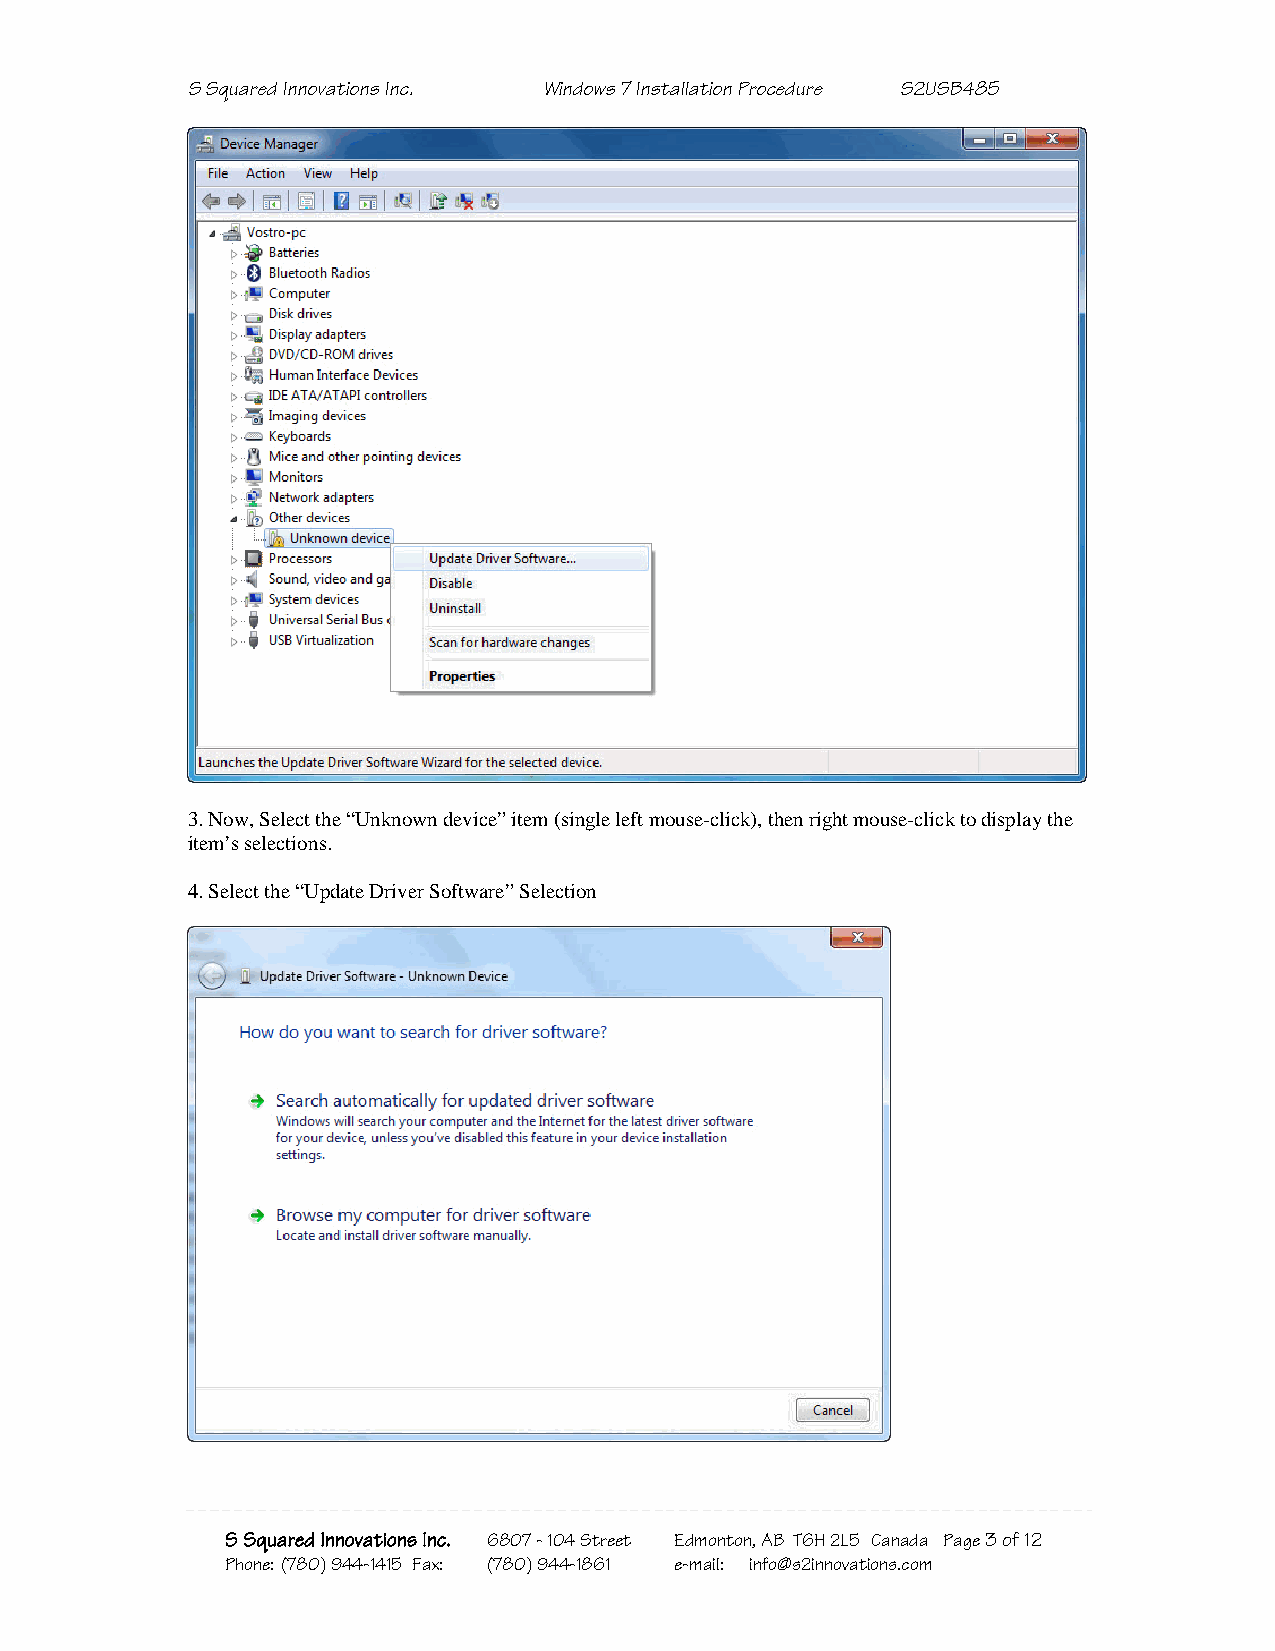
S Squared Innovations Inc. Windows 7 Installation Procedure S2USB485
 3. Now, Select the “Unknown device” item (single left mouse-click), then right mouse-click to display the
 item’s selections.
 4. Select the “Update Driver Software” Selection
 S Squared Innovations Inc. 6807 - 104 Street Edmonton, AB T6H 2L5 Canada Page 3 of 12
 Phone: (780) 944-1415 Fax: (780) 944-1861 e-mail: info@s2innovations.com